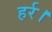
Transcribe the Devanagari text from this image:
हर्र।